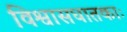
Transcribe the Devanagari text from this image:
विश्वासघातकाः